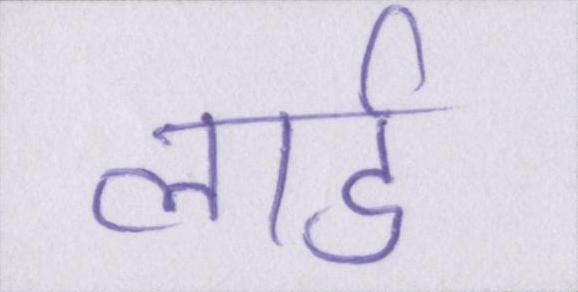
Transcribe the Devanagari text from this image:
लार्ड